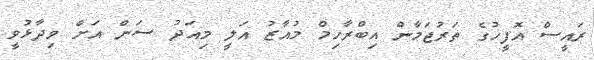
ރައީސް އޮފީހުގެ ތަރުޖަމާން އިބްރާހިމް މުއާޒު އަލީ މިއަދު ސަން އަށް ވިދާޅުވީ